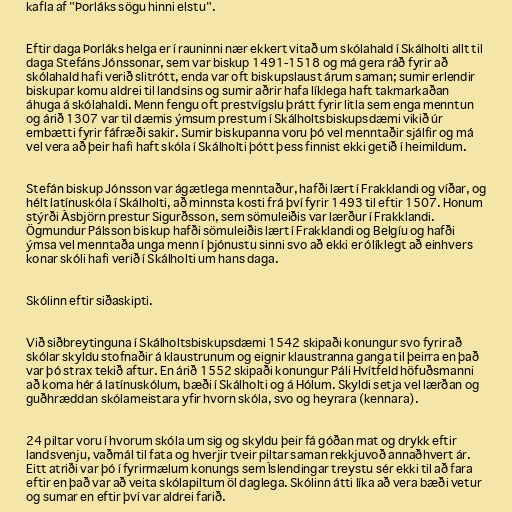
kafla af "Þorláks sögu hinni elstu".

Eftir daga Þorláks helga er í rauninni nær ekkert vitað um skólahald í Skálholti allt til
daga Stefáns Jónssonar, sem var biskup 1491-1518 og má gera ráð fyrir að
skólahald hafi verið slitrótt, enda var oft biskupslaust árum saman; sumir erlendir
biskupar komu aldrei til landsins og sumir aðrir hafa líklega haft takmarkaðan
áhuga á skólahaldi. Menn fengu oft prestvígslu þrátt fyrir litla sem enga menntun
og árið 1307 var til dæmis ýmsum prestum í Skálholtsbiskupsdæmi vikið úr
embætti fyrir fáfræði sakir. Sumir biskupanna voru þó vel menntaðir sjálfir og má
vel vera að þeir hafi haft skóla í Skálholti þótt þess finnist ekki getið í heimildum.

Stefán biskup Jónsson var ágætlega menntaður, hafði lært í Frakklandi og víðar, og
hélt latínuskóla í Skálholti, að minnsta kosti frá því fyrir 1493 til eftir 1507. Honum
stýrði Ásbjörn prestur Sigurðsson, sem sömuleiðis var lærður í Frakklandi.
Ögmundur Pálsson biskup hafði sömuleiðis lært í Frakklandi og Belgíu og hafði
ýmsa vel menntaða unga menn í þjónustu sinni svo að ekki er ólíklegt að einhvers
konar skóli hafi verið í Skálholti um hans daga.

Skólinn eftir siðaskipti.

Við siðbreytinguna í Skálholtsbiskupsdæmi 1542 skipaði konungur svo fyrir að
skólar skyldu stofnaðir á klaustrunum og eignir klaustranna ganga til þeirra en það
var þó strax tekið aftur. En árið 1552 skipaði konungur Páli Hvítfeld höfuðsmanni
að koma hér á latínuskólum, bæði í Skálholti og á Hólum. Skyldi setja vel lærðan og
guðhræddan skólameistara yfir hvorn skóla, svo og heyrara (kennara).

24 piltar voru í hvorum skóla um sig og skyldu þeir fá góðan mat og drykk eftir
landsvenju, vaðmál til fata og hverjir tveir piltar saman rekkjuvoð annaðhvert ár.
Eitt atriði var þó í fyrirmælum konungs sem Íslendingar treystu sér ekki til að fara
eftir en það var að veita skólapiltum öl daglega. Skólinn átti líka að vera bæði vetur
og sumar en eftir því var aldrei farið.